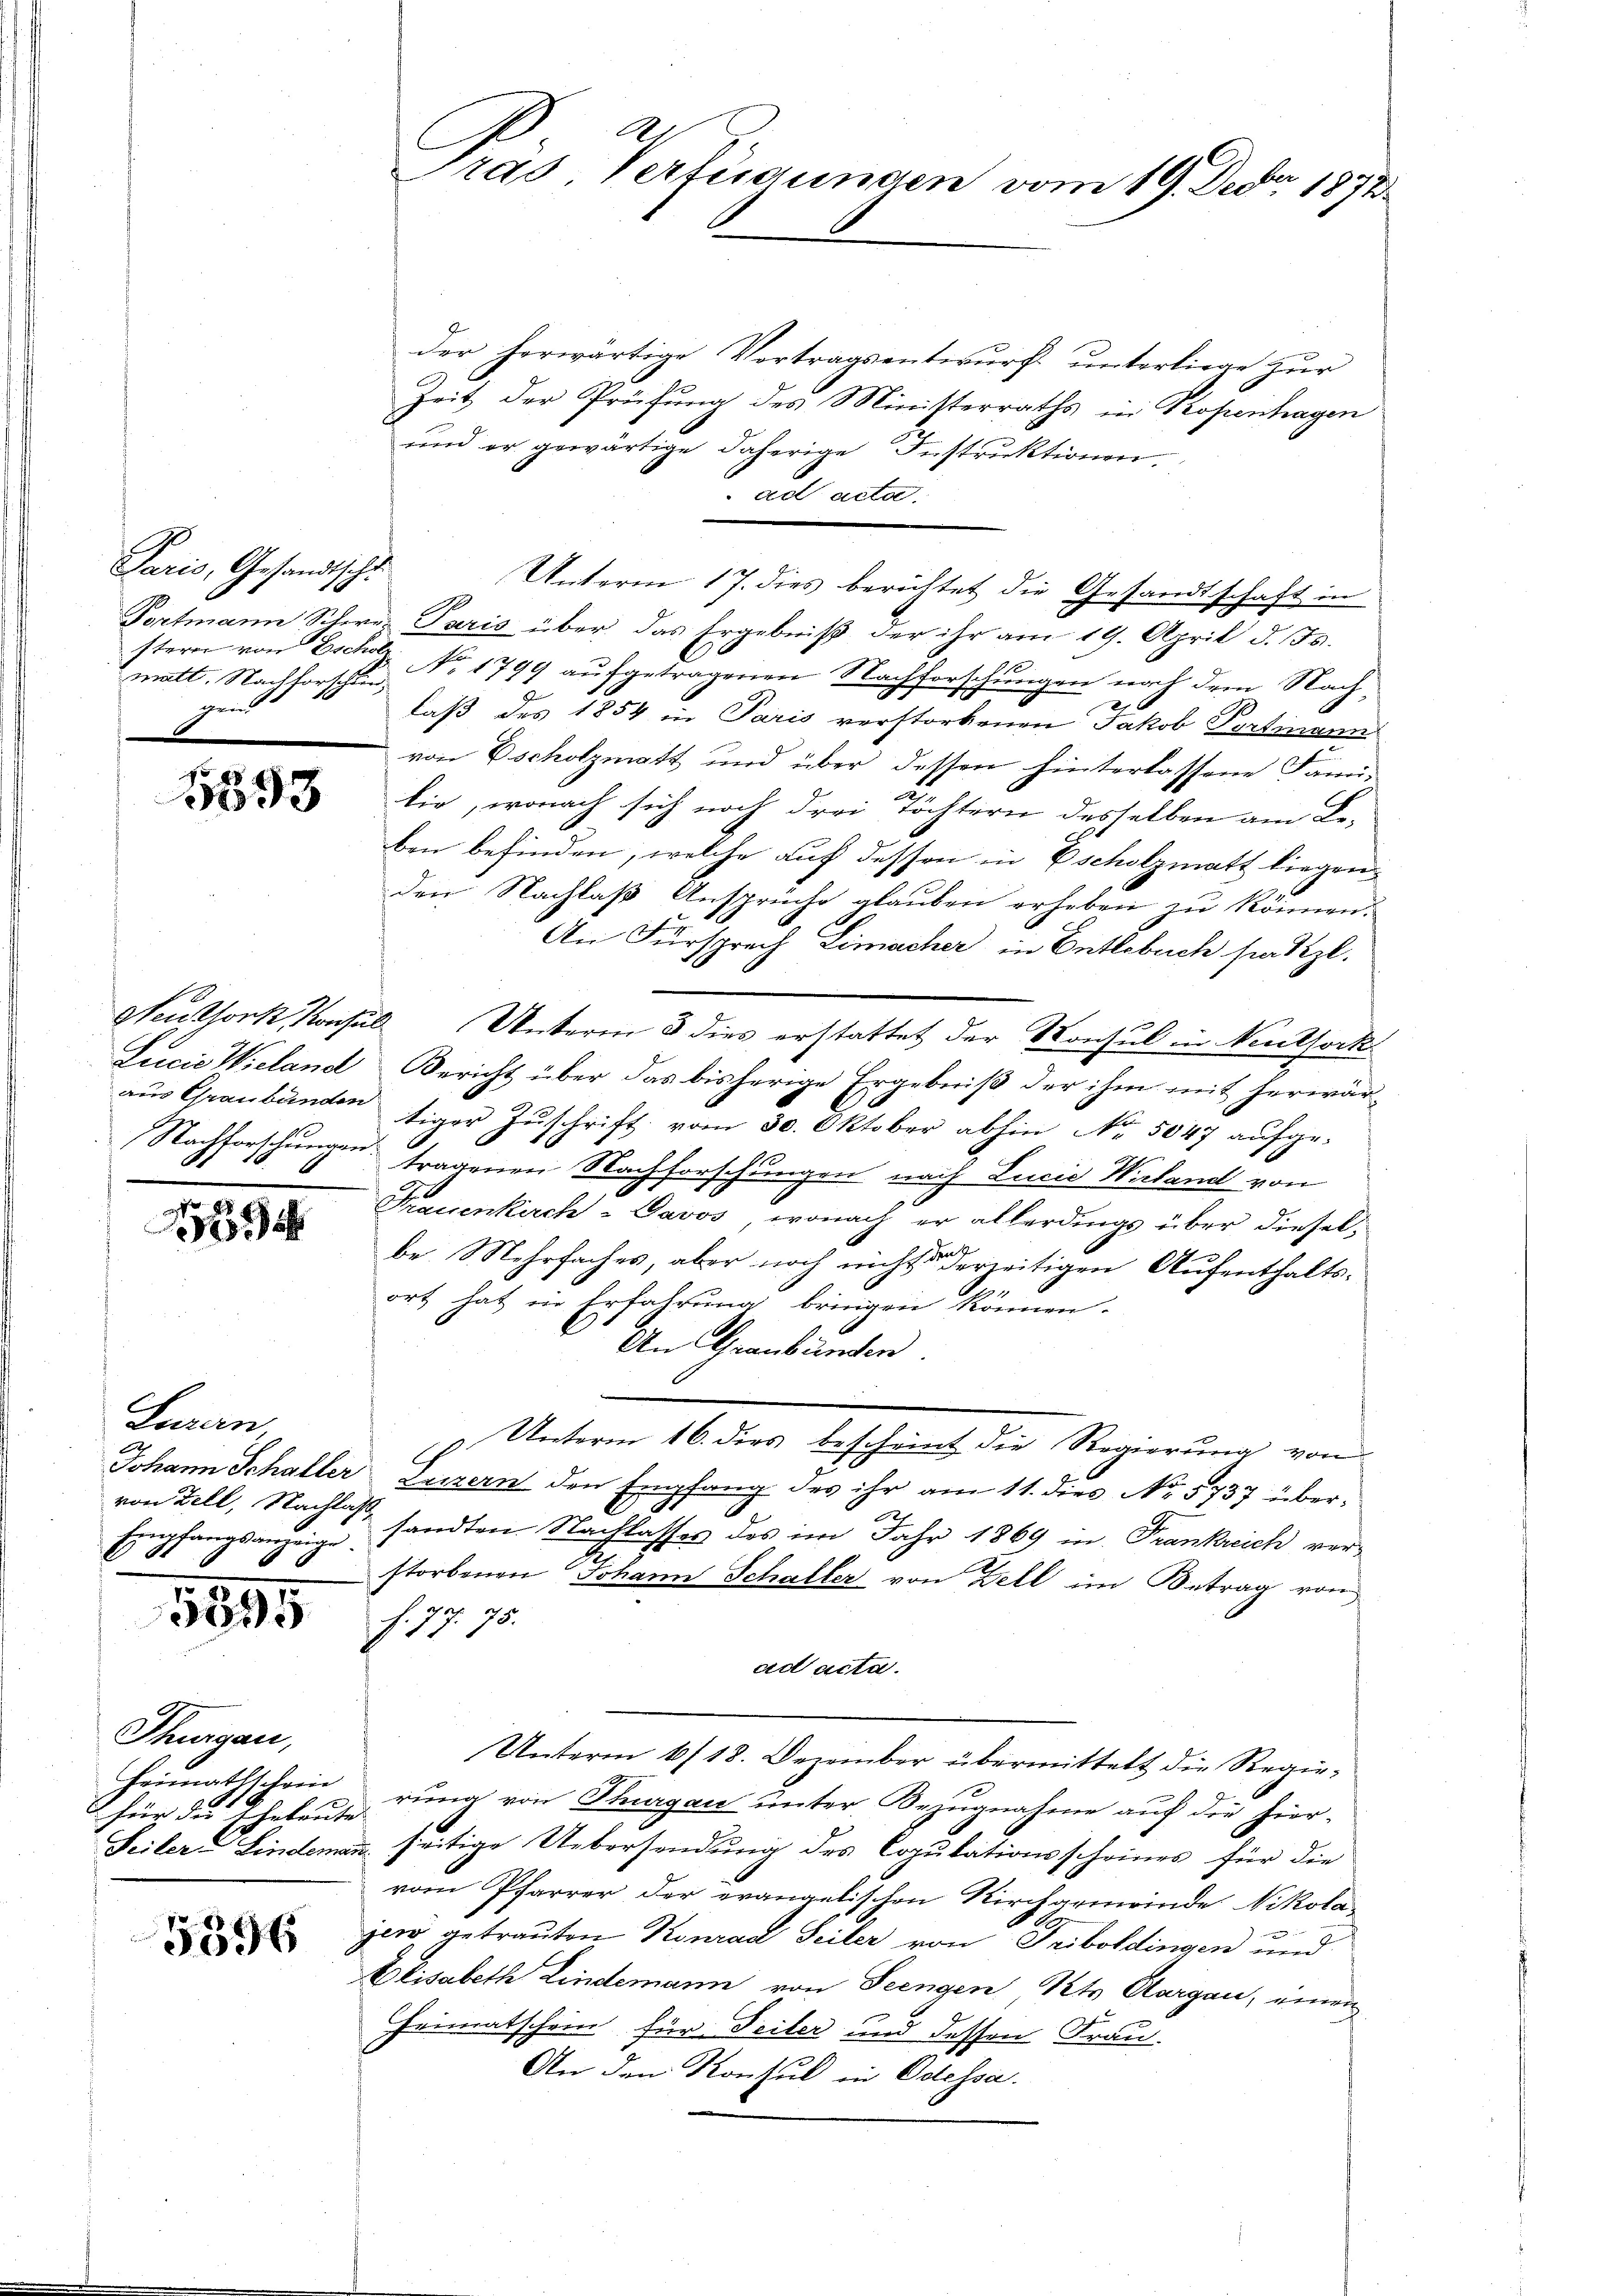
Paris, Gesandtschl
sterer von Eschol
matt. Nachforschen,
gein

1593

Lucia Wieland
Nachforschungen.

a
33

Luzern
Empfangsanzeige.

1895

Thurgau,
Heimathschein
für die
Eheleute

5396

Gras Verfügungen vom 19. Dec. 1872

der herwärtige Vortragsentwŭrf ŭnterliege zŭr
Zeit der Prüfung des Ministerraths in Kopenhagen
und er gewärtige daherige Instruktionen.
ad acta.
Unterm 17. dies berichtet die Gesandtschaft in
Portmann Schwer Paris über das Ergebniß der ihr am 19. April d. Js.
No. 1799 aŭfgetragenen Nachforschungen nach dem Nachlaß des 1854 in Paris verstorbenen Jakob Portmann
von scholzmatt und über dessen hinterlassene Familie, wonach sich noch drei Töchtern desselben am Leben befinden, welche auf dessen in Escholzmatt liegenden Nachlaß Ansprüche glauben erheben zu können.
G
An Fürsprech Zimacher in Entlebuch stattzl.
Seuthork, Konsul Unterm 3 dies erstattet der Konsul in Neuthork
Bericht über das bisherige Ergebniß der ihm mit herwär
aŭs Graubünden tiger Zŭschrift vom 30. Oktober abhin No. 5047 aŭfge-
1
tragenen Nachforschungen nach Lucia Wirtand von
Frauenkirch- Davos, wonach er allerdings über diesel,
be. Mehrfaches, aber noch nicht derzeitigen Aufenthaltsort hat in Erfahrung bringen können.
V. An Graubünden.
Unterm 16. dies bescheint die Regierung von
Johann Schaller Luzern den Empfang des ihr am 11. dies No 5737 über-
.
von Zell, Nachtas sandten Nachlasses des im Jahr 1869 in Frankreich ver¬
2
storbenen Johann Schaller von Zell im Betrag von
d
f. 17. 75.
ad acta.
Unterm 10/18. Dezember übermittelt die Regierung von Thurgau unter Bezugnahme auf die hier¬
Seiler-Lindemann seitige Uebersendung des Copulationsscheines für die
vom Pfarrer der evangetischen Kirchgemeinde Nikola-
jen getrauten Konrad Seiler von Friboldingen und
Elisabeth Lindemann von Seengen Kts. Aargau, einen
Heimatschein für Teiler und dessen Frau-
An den Konsul in Odessa.